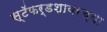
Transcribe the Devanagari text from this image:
स्टॅफर्डशायरच्या